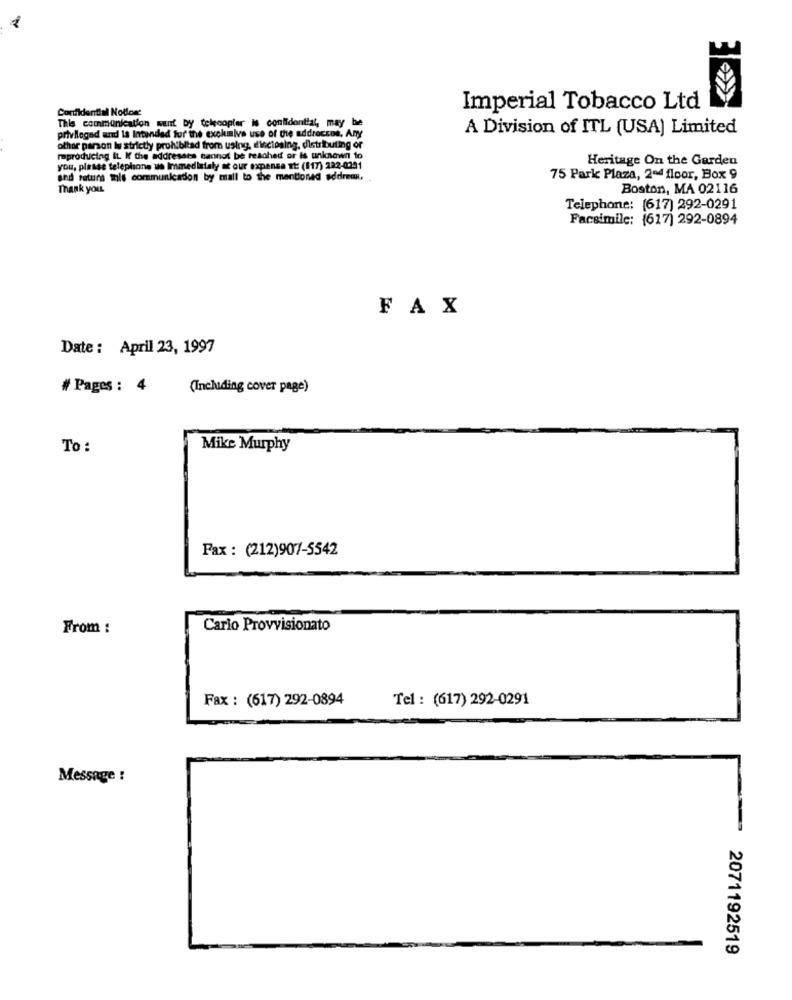
Imperial Tobacco Ltd
This communication wEnt by telecopier is confidential, may be
A Division of ITL (USA) Limited
privileged and la Intended for the exclusive use of the addreczos, Any
othor parson Is strictly prohibitad from using, disclosing, distributing or
reproducing It. If the addresars cannot be reached or is unknown to
Heritage On the Garden
you, please telephone us Immediately at our expense It: ($17) 222-0291
sed retura this communication by mall to the mentioned addreun.
75 Park Plaza, 2nd floor, Box 9
Thank you.
Boston, MA 02116
Telephone: (617) 292-0291
Facsimile: (617) 292-0894
FAX
Date : April 23, 1997
# Pages : 4
(Including cover page)
To :
Mike Murphy
Fax : (212)907-5542
From :
Carlo Provvisionato
Fax : (617) 292-0894
Tel : (617) 292-0291
Message :
2071192519